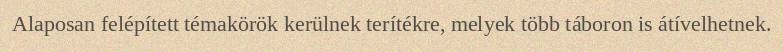
Alaposan felépített témakörök kerülnek terítékre, melyek több táboron is átívelhetnek.